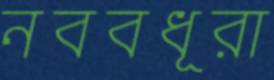
নববধূরা